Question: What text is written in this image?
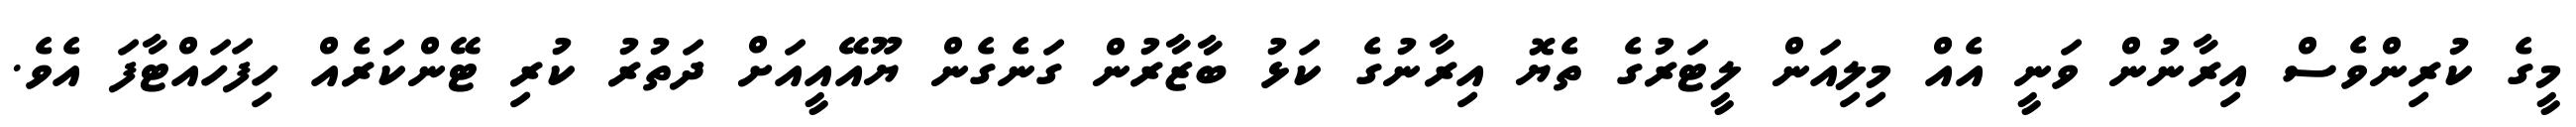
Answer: މީގެ ކުރިންވެސް އިރާނުން ވަނީ އެއް މިލިއަން ލީޓަރުގެ ތެޔޮ އިރާނުގެ ކަޅު ބާޒާރުން ގަނެގެން ޔޫއޭއީއަށް ދަތުރު ކުރި ޓޭންކަރެއް ހިފަހައްޓާފަ އެވެ.